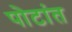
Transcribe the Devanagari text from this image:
पोटांत